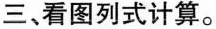
三、看图列式计算。